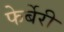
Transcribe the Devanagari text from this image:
फेर्बेरी